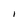
Character: l